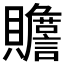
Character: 𰷜